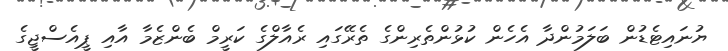
ޔުނައިޓެޑުން ބަލަމުންދާ އެހެން ކުޅުންތެރިންގެ ތެރޭގައި ރެއާލްގެ ކަރީމް ބެންޒެމާ އާއި ޕީއެސްޖީގެ